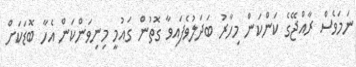
ނަމަވެސް ރާއްޖޭގެ ކަންކަން މިހާރު ބަދަލުވެފައިވާ ގޮތުން ގައުމީ މިނިވަންކަން އެހާ ބޮޑަކަށް